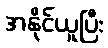
အနိုင်ယူပြီး